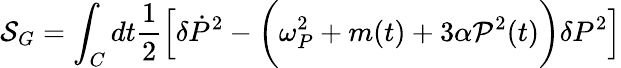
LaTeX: {\cal S}_{G}=\int_{C}dt\frac{1}{2}\left[\delta\dot{P}^{2}-\biggl(\omega_{P}^{2}+m(t)+3\alpha{\cal P}^{2}(t)\biggr)\delta P^{2}\right]